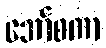
အော်စကာ